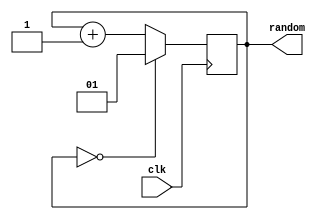
module block_sequence(
    input wire       clk,
    output reg [1:0] random
    );

    initial begin
        random = 1;
    end
    always @ (posedge clk) begin
        if (random == 0) begin
            random <= 1;
        end else begin
            random <= random + 1;
        end
    end

endmodule